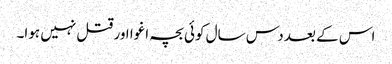
اس کے بعد دس سال کوئی بچہ اغوا اور قتل نہیں ہوا۔